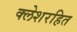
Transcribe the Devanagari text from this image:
क्लेशरहित